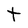
Character: T